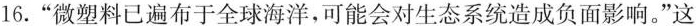
16.“微塑料已遍布于全球海洋,可能会对生态系统造成负面影响。”这